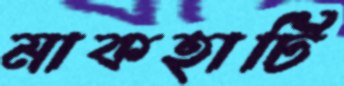
মাকহাটি